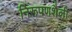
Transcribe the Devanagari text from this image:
निरूपणशैली